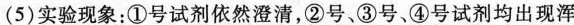
(5)实验现象：①号试剂依然澄清，②号、③号、④号试剂均出现浑